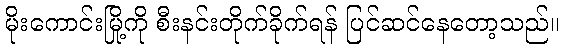
မိုးကောင်းမြို့ကို စီးနင်းတိုက်ခိုက်ရန် ပြင်ဆင်နေတော့သည်။